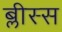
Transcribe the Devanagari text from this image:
ब्लीस्स